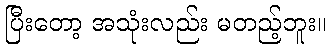
ပြီးတော့ အသုံးလည်း မတည့်ဘူး။